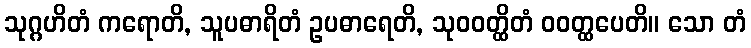
သုဂ္ဂဟိတံ ကရောတိ, သူပဓာရိတံ ဥပဓာရေတိ, သုဝဝတ္ထိတံ ဝဝတ္ထပေတိ။ သော တံ